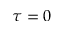
\tau = 0